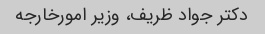
دکتر جواد ظریف، وزیر امورخارجه